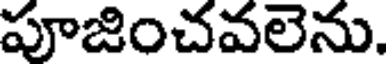
పూజించవలెను.